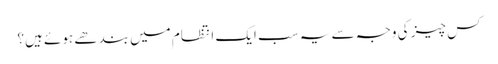
کس چیز کی وجہ سے یہ سب ایک انتظام میں بندھے ہوئے ہیں؟